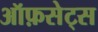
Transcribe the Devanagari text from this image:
ऑफ़सेट्स